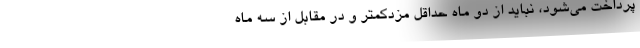
پرداخت می‌شود، نباید از دو ماه حداقل مزدکمتر و در مقابل از سه ماه